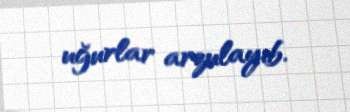
uğurlar arzulayıb.